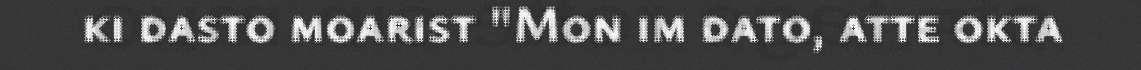
ki dasto moarist "Mon im dato, atte okta